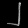
Digit: ၂